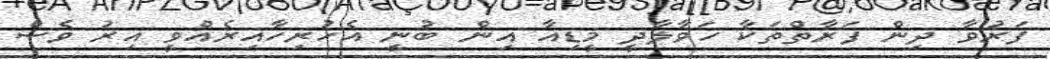
ފަރުވާ ދިން ފަރާތްތަކާ ހަވާލާދީ މީޑިއާ އިން ބުނީ އެހުރިހާއިރެއްވީ އިރު ވެސް